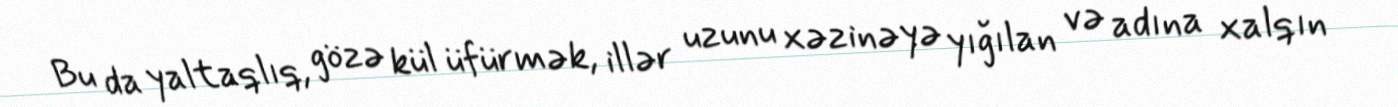
Bu da yaltaqlıq, gözə kül üfürmək, illər uzunu xəzinəyə yığılan və adına xalqın